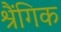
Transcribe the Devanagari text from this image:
श्रैंगिक